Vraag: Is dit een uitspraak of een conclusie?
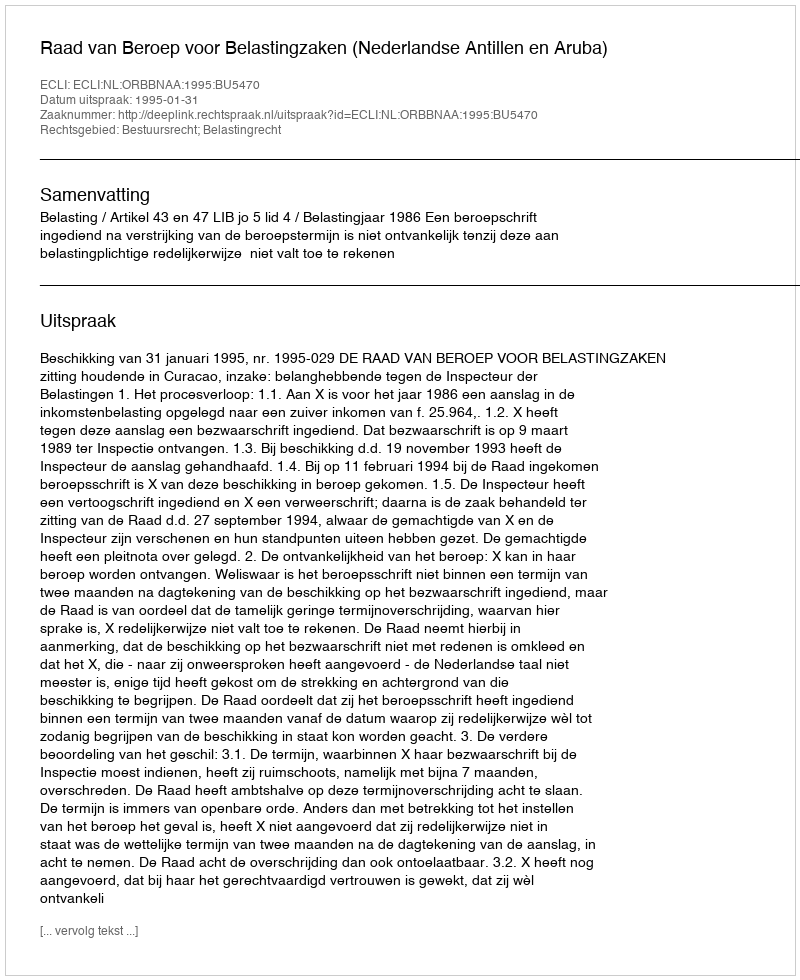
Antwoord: Uitspraak